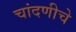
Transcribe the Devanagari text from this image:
चांदणीचे